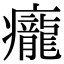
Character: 𤼃